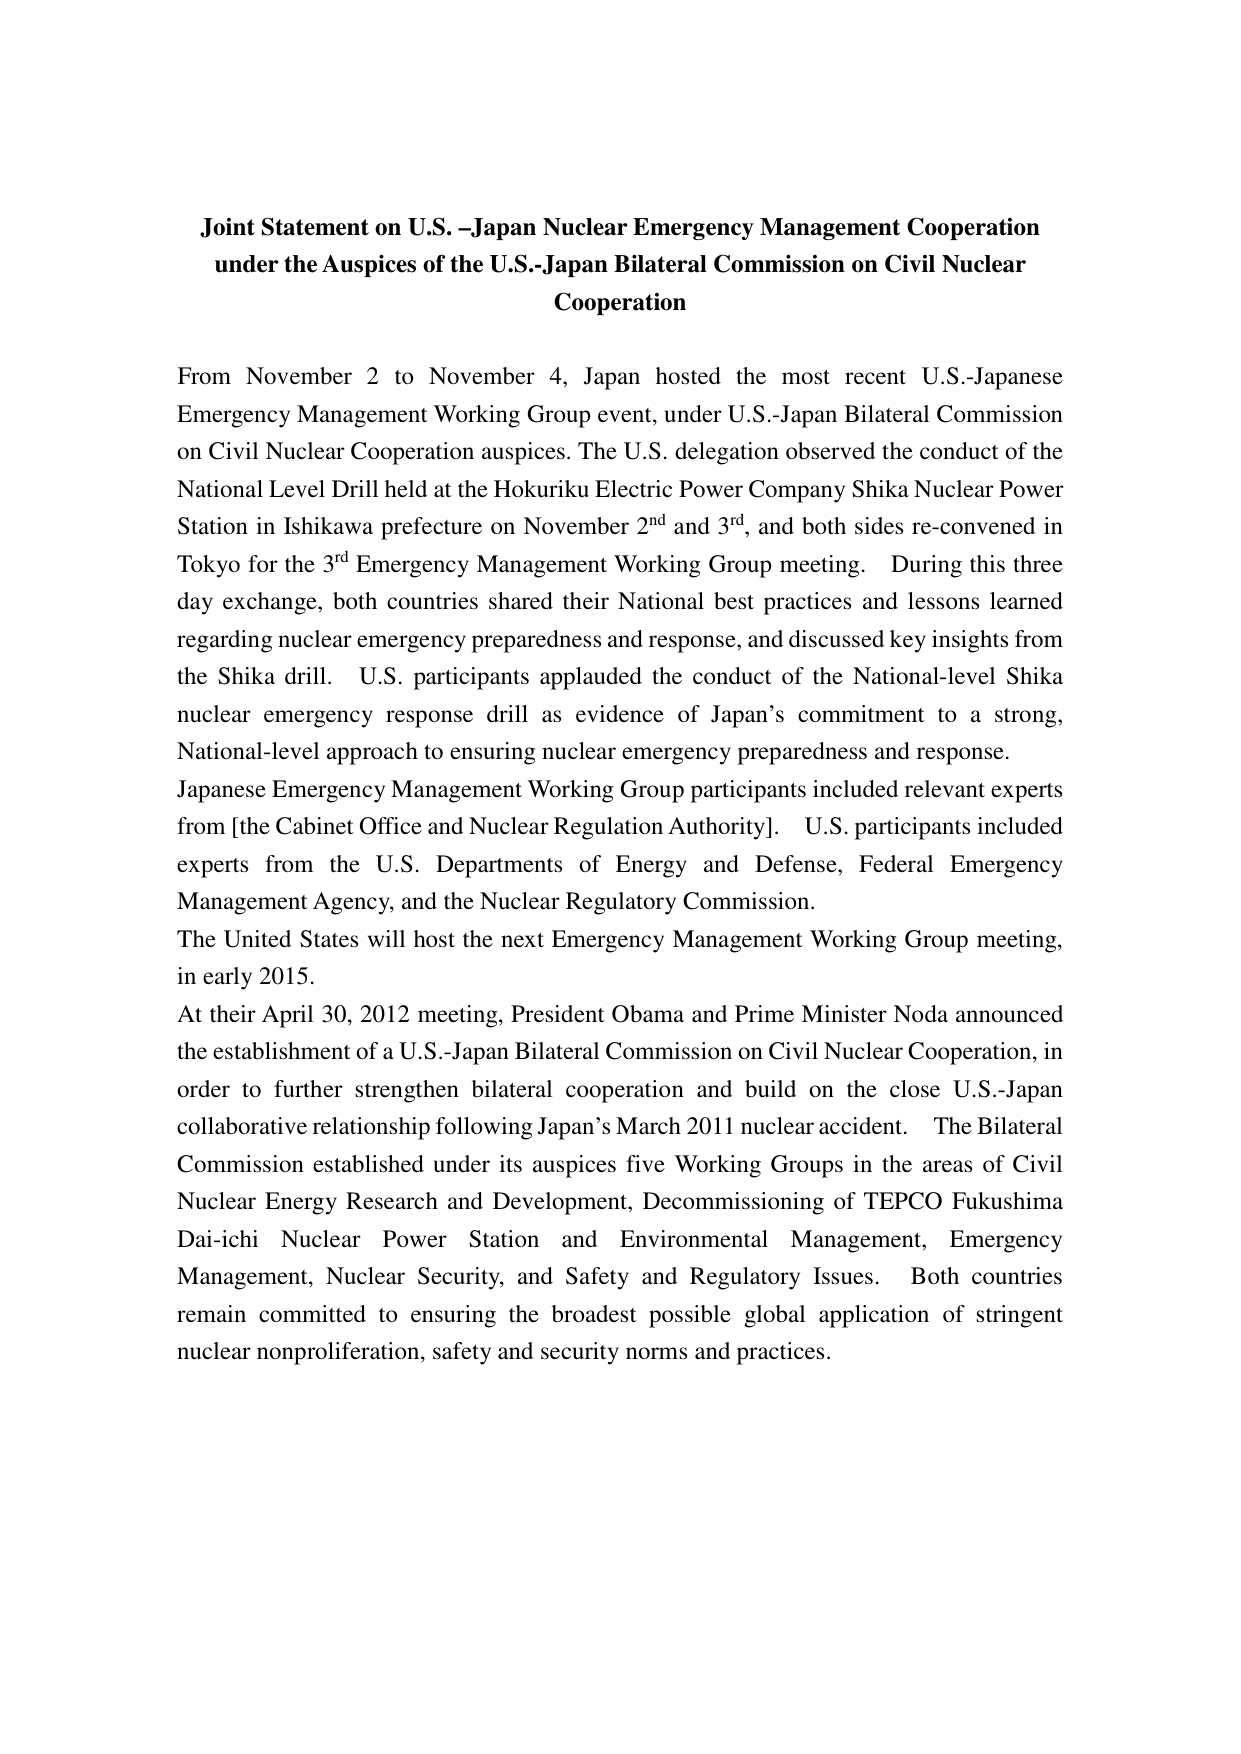
Joint Statement on U.S.-Japan Nuclear Emergency Management Cooperation under the Auspices of the U.S.-Japan Bilateral Commission on Civil Nuclear Cooperation

From November 2 to November 4, Japan hosted the most recent U.S.-Japanese Emergency Management Working Group event, under U.S.-Japan Bilateral Commission on Civil Nuclear Cooperation auspices. The U.S. delegation observed the conduct of the National Level Drill held at the Hokuriku Electric Power Company Shika Nuclear Power Station in Ishikawa prefecture on November 2nd and 3rd, and both sides re-convened in Tokyo for the 3rd Emergency Management Working Group meeting. During this three day exchange, both countries shared their National best practices and lessons learned regarding nuclear emergency preparedness and response, and discussed key insights from the Shika drill. U.S. participants applauded the conduct of the National-level Shika nuclear emergency response drill as evidence of Japan’s commitment to a strong, National-level approach to ensuring nuclear emergency preparedness and response.

Japanese Emergency Management Working Group participants included relevant experts from [the Cabinet Office and Nuclear Regulation Authority]. U.S. participants included experts from the U.S. Departments of Energy and Defense, Federal Emergency Management Agency, and the Nuclear Regulatory Commission.

The United States will host the next Emergency Management Working Group meeting, in early 2015.

At their April 30, 2012 meeting, President Obama and Prime Minister Noda announced the establishment of a U.S.-Japan Bilateral Commission on Civil Nuclear Cooperation, in order to further strengthen bilateral cooperation and build on the close U.S.-Japan collaborative relationship following Japan’s March 2011 nuclear accident. The Bilateral Commission established under its auspices five Working Groups in the areas of Civil Nuclear Energy Research and Development, Decommissioning of TEPCO Fukushima Dai-ichi Nuclear Power Station and Environmental Management, Emergency Management, Nuclear Security, and Safety and Regulatory Issues. Both countries remain committed to ensuring the broadest possible global application of stringent nuclear nonproliferation, safety and security norms and practices.